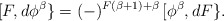
\begin{align*}[F,d\phi^\beta \}=(-)^{F(\beta +1)+\beta }\,[\phi^\beta ,dF\}.\end{align*}